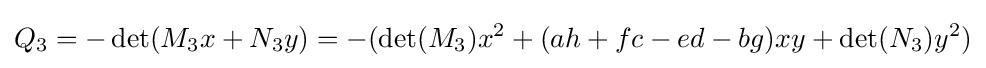
Q_{3}=-\det(M_{3}x+N_{3}y)=-(\det(M_{3})x^{2}+(ah+fc-ed-bg)xy+\det(N_{3})y^{2})